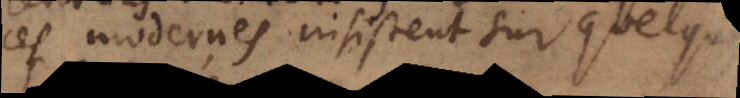
ces modernes insistent sur quelques